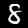
Label: 8